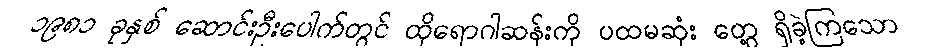
၁၉၈၁ ခုနှစ် ဆောင်းဦးပေါက်တွင် ထိုရောဂါဆန်းကို ပထမဆုံး တွေ့ ရှိခဲ့ကြသော